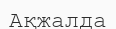
Ақжалда